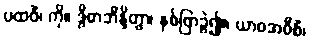
ပထဝိံ၊ ကို။ ဒွိဓာဘိန္ဒိတွာ၊ နှစ်ဖြာခွဲ၍။ ယာဝအဝီစိံ၊